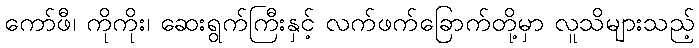
ကော်ဖီ၊ ကိုကိုး၊ ဆေးရွက်ကြီးနှင့် လက်ဖက်ခြောက်တို့မှာ လူသိများသည့်